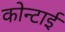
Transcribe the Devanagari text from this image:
कोन्टाई